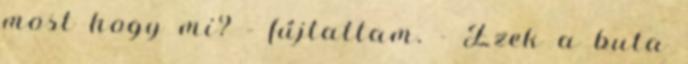
most hogy mi? - fújtattam. - Ezek a buta